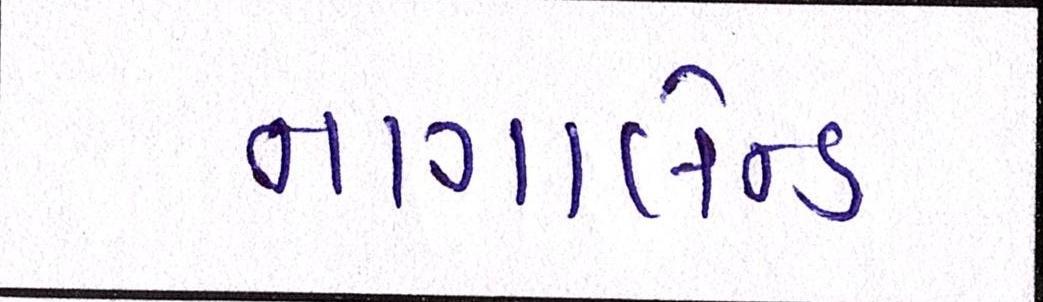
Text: નાગાલેન્ડ